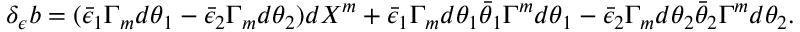
\delta _ { \epsilon } b = ( \bar { \epsilon } _ { 1 } \Gamma _ { m } d \theta _ { 1 } - \bar { \epsilon } _ { 2 } \Gamma _ { m } d \theta _ { 2 } ) d X ^ { m } + \bar { \epsilon } _ { 1 } \Gamma _ { m } d \theta _ { 1 } \bar { \theta } _ { 1 } \Gamma ^ { m } d \theta _ { 1 } - \bar { \epsilon } _ { 2 } \Gamma _ { m } d \theta _ { 2 } \bar { \theta } _ { 2 } \Gamma ^ { m } d \theta _ { 2 } .